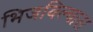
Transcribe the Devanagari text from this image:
भिजविल्यास